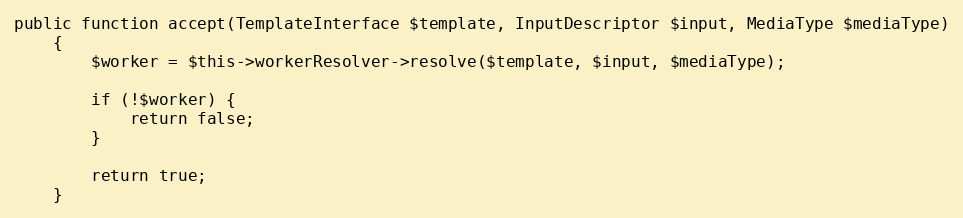
Language: PHP
public function accept(TemplateInterface $template, InputDescriptor $input, MediaType $mediaType)
    {
        $worker = $this->workerResolver->resolve($template, $input, $mediaType);

        if (!$worker) {
            return false;
        }

        return true;
    }